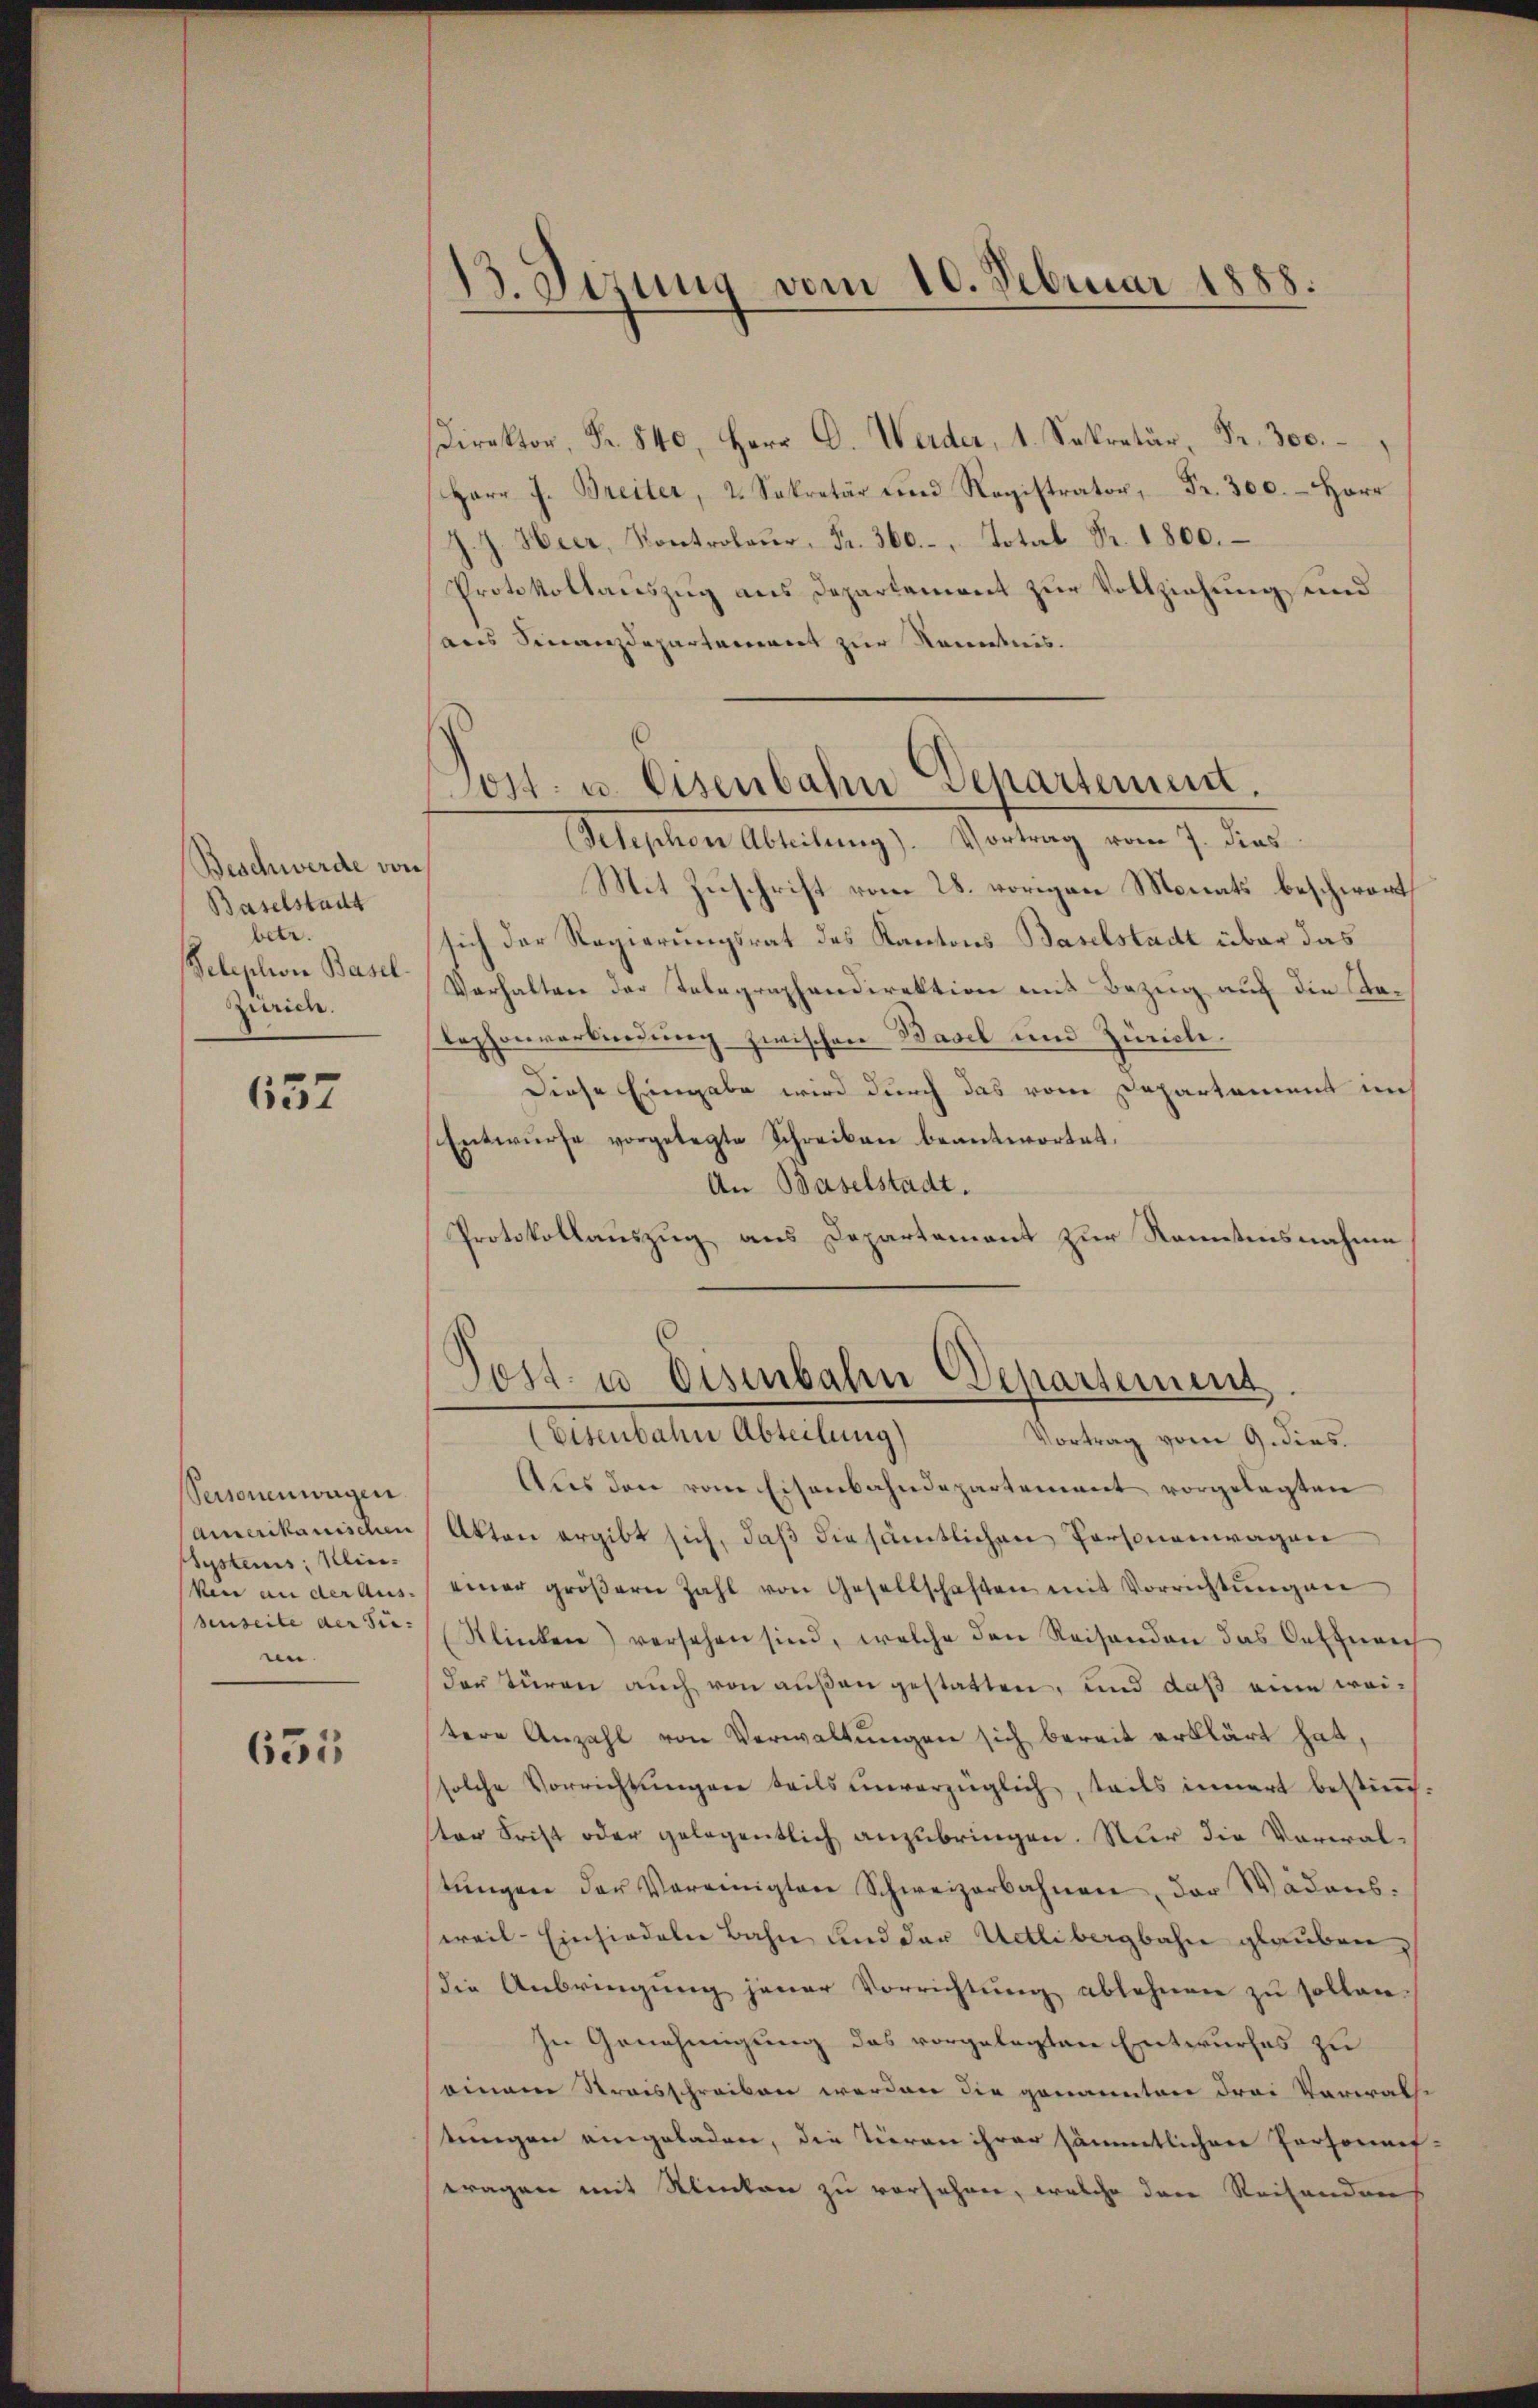
Beschwerde von
Baselstadt
betr.
zurich.

657

Personenwagen.
Amerikanischen
Systems, Win¬
Veie an der Aus-
senseite der Fimn.

655

Direktor, Fr. 840, Herr D. Weider, 1. Sekretär, Fr. 300.
Herr J. Breiter, 2. Sekretär und Registrator Fr. 300. Herr
J. J. Heer, Kontrolaŭr. Fr. 360. Total Fr. 1800. –
Protokollauszug aus Departement zur Vollziehung und
aus Finanzdepartement zur Kenntnis.

13. Sizung vom 10. Februar 1888.

Post- u. Eisenbahndepartement.
Telephon Abteilung). Vortrag vom 7. dies

Mit Zuschrift vom 28. vorigen Monats beschwort
sich der Regierungsrat des Kantons Baselstadt über das
Selephon Basel Verhalten der Telegraphendirektion mit Bezug auf die Kalephonverbindung zwischen Basel und Zürich.
Diese Eingabe wird durch das vom Departament im
Entwürfe vorgelegte Schreiben beantwortet.
An Baselstadt.
Protokollauszug aus Departement zur Kenntnisnahme

Post- u. Eisenbahn Departement
(Eisenbahn Abteilung)
Vortrag vom 9. dies

Aus den vom Eisenbahndepartement vorgelegten
Akten ergibt sich, daß die sämtlichen Personenwagen
einer gröβern Zahl von Gesellschaften mit Vorrichtŭngen
Klinken) versehen sind, welche den Reisenden das Oeffnen
der Türen auch von außen gestatten, und daß eine weitere Anzahl von Verwaltŭngen sich bereit erklärt hat,
solche Vorrichtŭngen teils unverzüglich, teils innert bestimmt.
ster Frist oder gelegentlich anzubringen. Nur die Voreralstŭngen der Vereinigten Schweizerbahnen, der Wädens-
weil-Einsiedeln Bahn und der Uetlibergbahn glauben,
die Anbringŭng jener Vorrichtŭng ablehnen zŭ sollen.
In Genehmigung des vorgelegten Entwurfes zu
einem Streisschreiben werden die genannten drei Verwal-
tungen eingeladere, die Tieren ihrer sämmtlichen Personnes-
tragen mit Mencken zu versehnen, welche der Reihendens